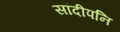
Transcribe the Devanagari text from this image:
सांदीपनि